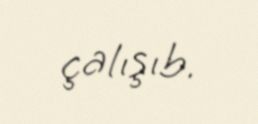
çalışıb.